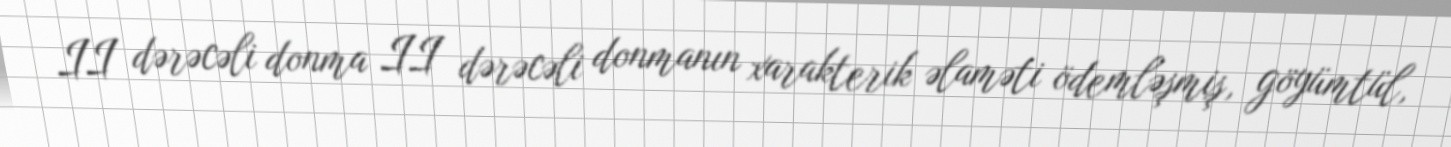
II dərəcəli donma II dərəcəli donmanın xarakterik əlaməti ödemləşmiş, göyümtül,